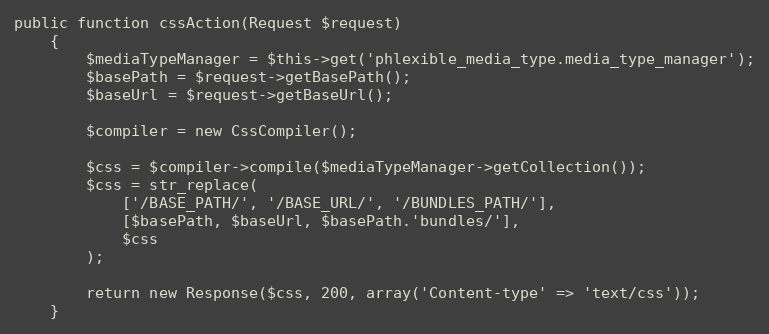
Language: PHP
public function cssAction(Request $request)
    {
        $mediaTypeManager = $this->get('phlexible_media_type.media_type_manager');
        $basePath = $request->getBasePath();
        $baseUrl = $request->getBaseUrl();

        $compiler = new CssCompiler();

        $css = $compiler->compile($mediaTypeManager->getCollection());
        $css = str_replace(
            ['/BASE_PATH/', '/BASE_URL/', '/BUNDLES_PATH/'],
            [$basePath, $baseUrl, $basePath.'bundles/'],
            $css
        );

        return new Response($css, 200, array('Content-type' => 'text/css'));
    }